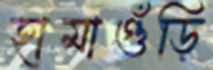
হামাগুঁড়ি